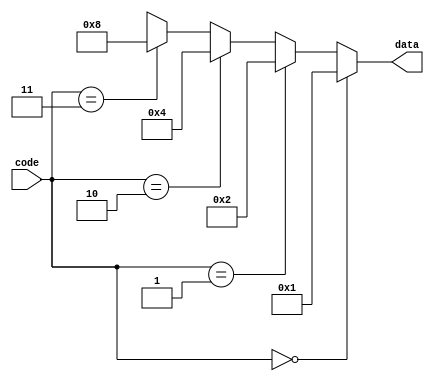
module decoder2to4(input [1:0] code, output reg [3:0] data);

	always@(code)begin
		if (code == 0) data <= 4'b0001; else
		if (code == 1) data <= 4'b0010; else
		if (code == 2) data <= 4'b0100; else
		if (code == 3) data <= 4'b1000; else
		               data <= 4'bx;
		
	end

endmodule